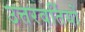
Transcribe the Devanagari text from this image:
उत्तरवर्तियों